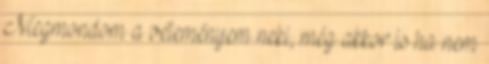
Megmondom a véleményem neki, még akkor is ha nem